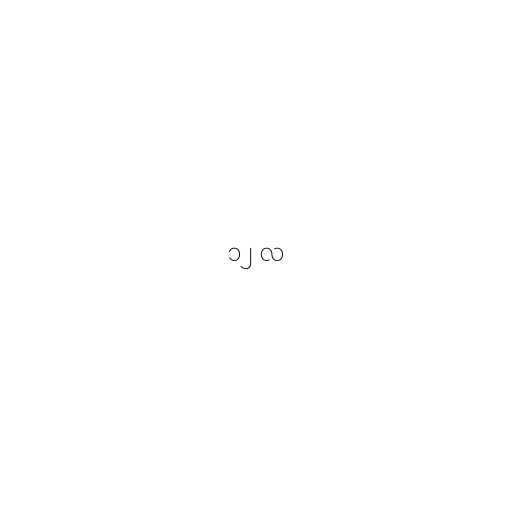
၁၂ လ